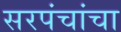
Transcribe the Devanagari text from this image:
सरपंचांचा